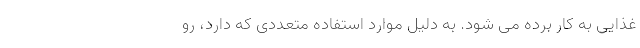
غذایی به کار برده می شود. به دلیل موارد استفاده متعددی که دارد، رو